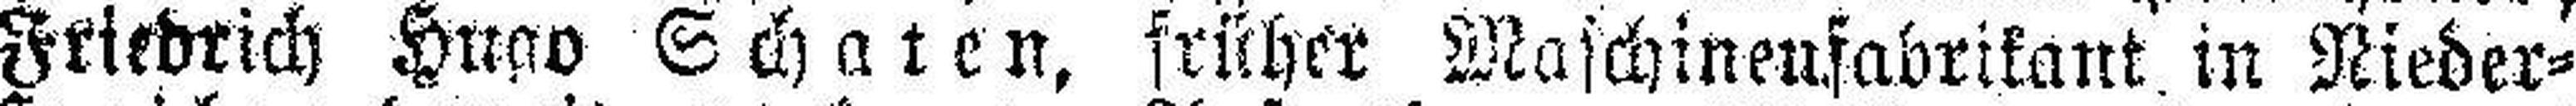
Friedrich Hugo Scharen, früher Maschinenfabrikant in Nieder=